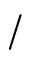
/